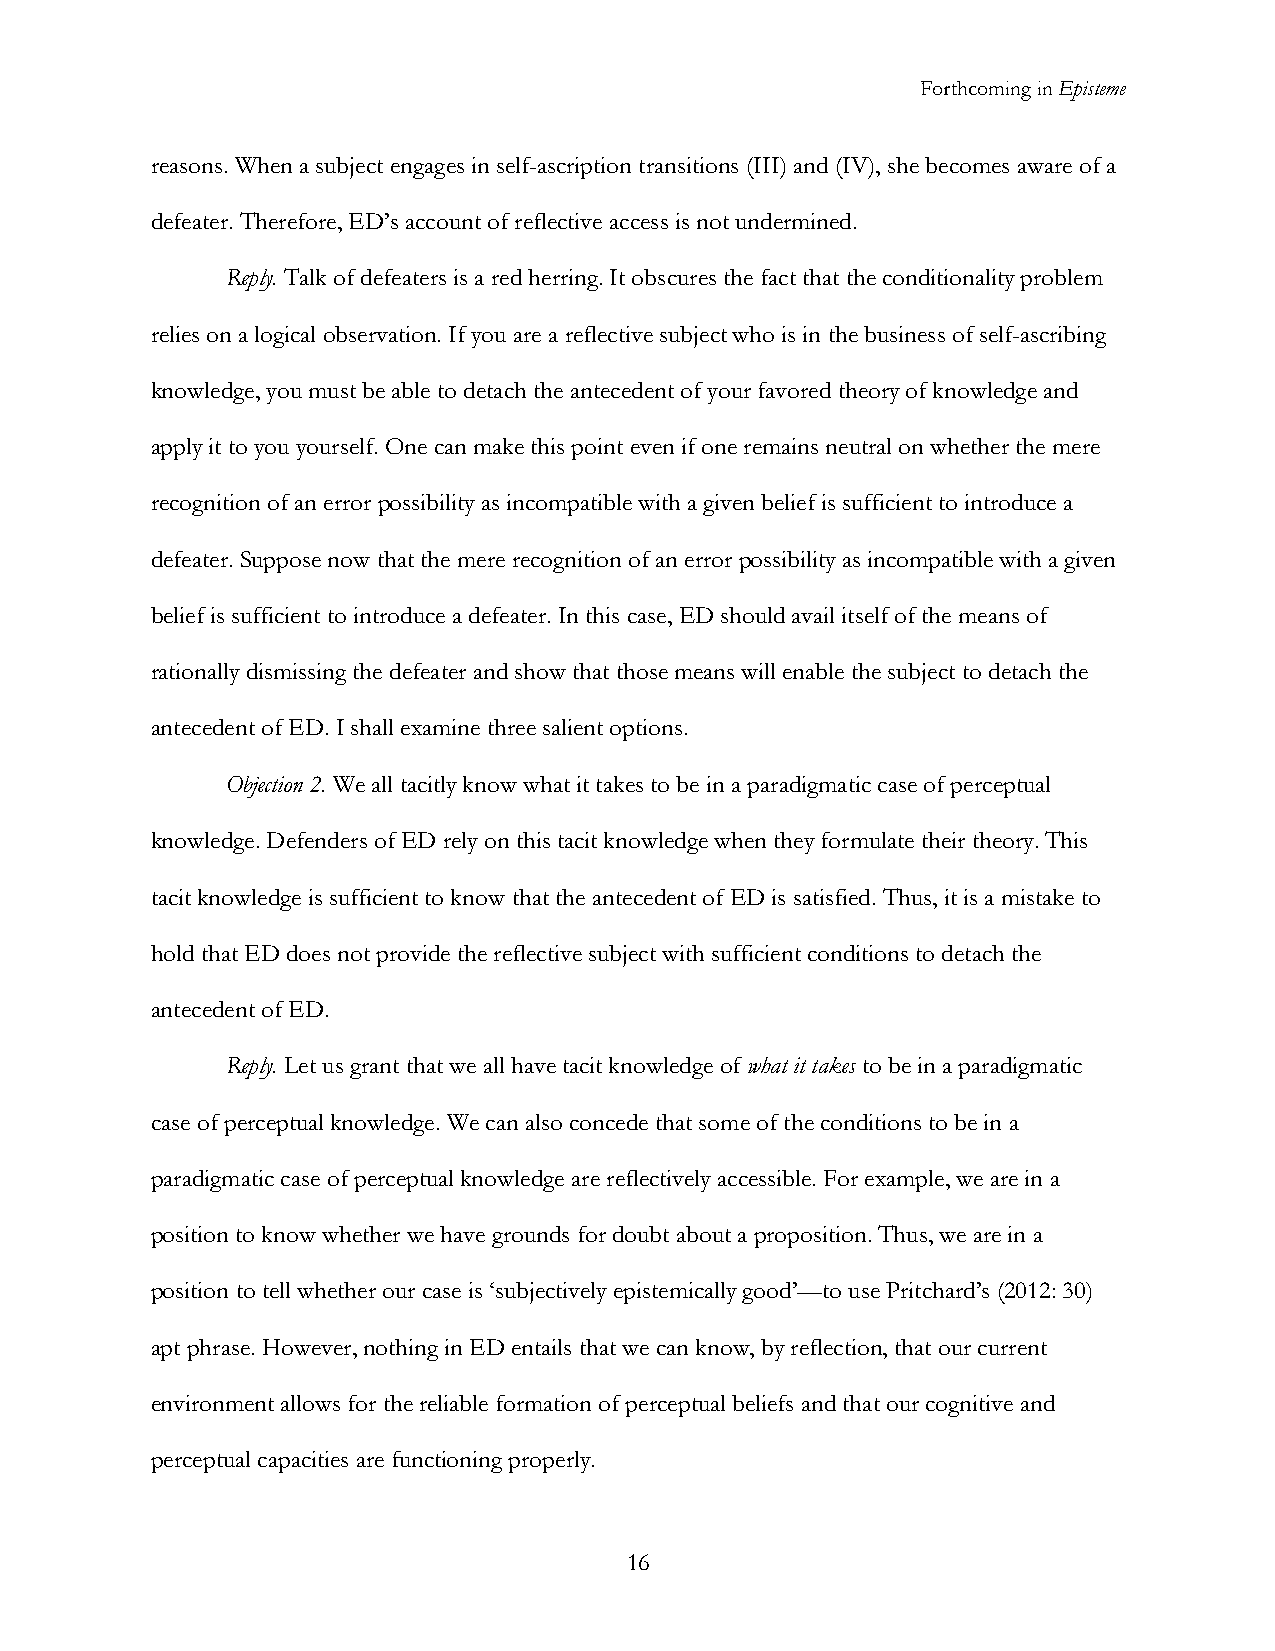
Forthcoming in Episteme
 reasons. When a subject engages in self-ascription transitions (III) and (IV), she becomes aware of a
 defeater. Therefore, ED’s account of reflective access is not undermined.
 Reply. Talk of defeaters is a red herring. It obscures the fact that the conditionality problem
 relies on a logical observation. If you are a reflective subject who is in the business of self-ascribing
 knowledge, you must be able to detach the antecedent of your favored theory of knowledge and
 apply it to you yourself. One can make this point even if one remains neutral on whether the mere
 recognition of an error possibility as incompatible with a given belief is sufficient to introduce a
 defeater. Suppose now that the mere recognition of an error possibility as incompatible with a given
 belief is sufficient to introduce a defeater. In this case, ED should avail itself of the means of
 rationally dismissing the defeater and show that those means will enable the subject to detach the
 antecedent of ED. I shall examine three salient options.
 Objection 2. We all tacitly know what it takes to be in a paradigmatic case of perceptual
 knowledge. Defenders of ED rely on this tacit knowledge when they formulate their theory. This
 tacit knowledge is sufficient to know that the antecedent of ED is satisfied. Thus, it is a mistake to
 hold that ED does not provide the reflective subject with sufficient conditions to detach the
 antecedent of ED.
 Reply. Let us grant that we all have tacit knowledge of what it takes to be in a paradigmatic
 case of perceptual knowledge. We can also concede that some of the conditions to be in a
 paradigmatic case of perceptual knowledge are reflectively accessible. For example, we are in a
 position to know whether we have grounds for doubt about a proposition. Thus, we are in a
 position to tell whether our case is ‘subjectively epistemically good’—to use Pritchard’s (2012: 30)
 apt phrase. However, nothing in ED entails that we can know, by reflection, that our current
 environment allows for the reliable formation of perceptual beliefs and that our cognitive and
 perceptual capacities are functioning properly.
 16